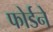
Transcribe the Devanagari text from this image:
फोर्डने